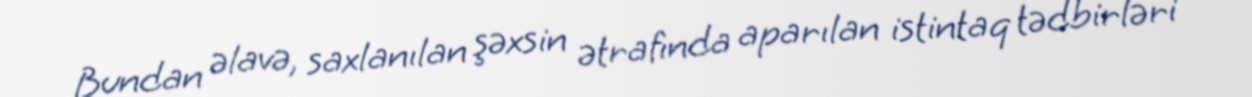
Bundan əlavə, saxlanılan şəxsin ətrafında aparılan istintaq tədbirləri